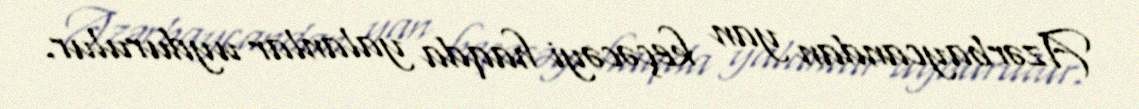
Azərbaycandan yan keçəcəyi haqda yalanlar uydurulur.